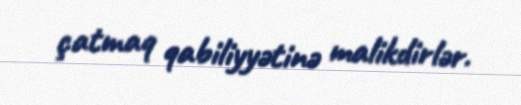
çatmaq qabiliyyətinə malikdirlər.